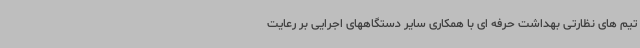
تیم های نظارتی بهداشت حرفه ای با همکاری سایر دستگاههای اجرایی بر رعایت